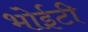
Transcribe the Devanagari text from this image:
भोईटी